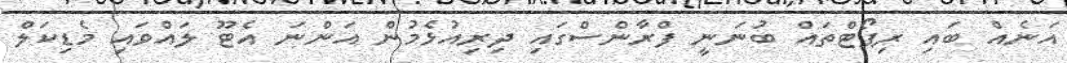
އަނެއް ބައި ރިޕޯޓްތައް ބުނަނީ ފްރާންސްގައި ދިރިއުޅެމުން އަންނަ އެޓޫ ލައްވައި މެޑިކަލް